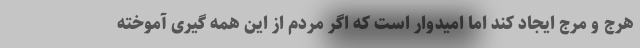
هرج و مرج ایجاد کند اما امیدوار است که اگر مردم از این همه گیری آموخته